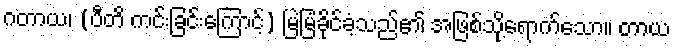
ဂတာယ၊ (ပီတိ ကင်းခြင်းကြောင့်) မြဲမြံခိုင်ခံ့သည်၏ အဖြစ်သို့ရောက်သော။ တာယ